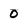
Character: 0